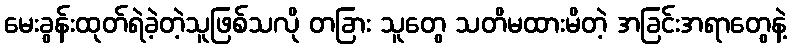
မေးခွန်းထုတ်ရဲခဲ့တဲ့သူဖြစ်သလို တခြား သူတွေ သတိမထားမိတဲ့ အခြင်းအရာတွေနဲ့